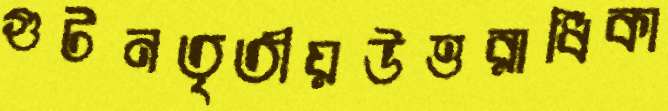
গুটনতৃতীয়উত্তরাধিকা